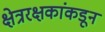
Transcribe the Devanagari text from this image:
क्षेत्ररक्षकांकडून